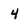
Character: 4